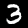
Digit: 3